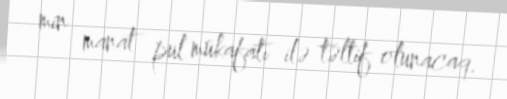
min manat pul mükafatı ilə təltif olunacaq.